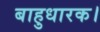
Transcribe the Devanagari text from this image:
बाहुधारक।